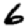
Digit: 6